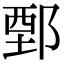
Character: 鄄